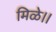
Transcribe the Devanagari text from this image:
मिळे।।